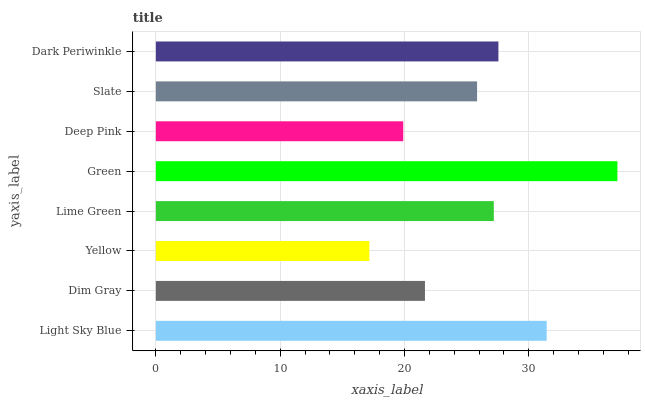
| yaxis_label | bars |
 | --- | --- |
 | Light Sky Blue | 31.4 |
 | Dim Gray | 21.7 |
 | Yellow | 17.2 |
 | Lime Green | 27.2 |
 | Green | 37.1 |
 | Deep Pink | 19.9 |
 | Slate | 25.8 |
 | Dark Periwinkle | 27.6 |